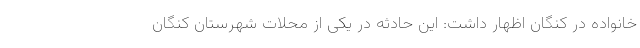
خانواده در کنگان اظهار داشت: این حادثه در یکی از محلات شهرستان کنگان